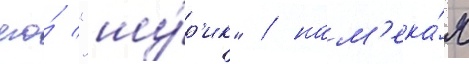
его́ "шу́р'ик" / нам'ека́я